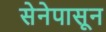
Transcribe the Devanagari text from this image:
सेनेपासून